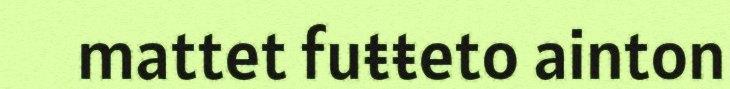
mattet fuŧŧeto ainton